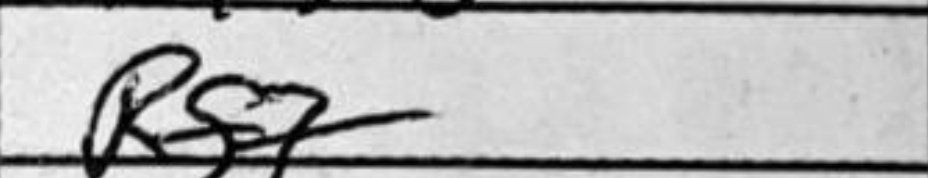
Transcription: Rf7